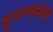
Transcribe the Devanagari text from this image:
दुभागलेले